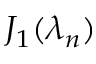
J _ { 1 } ( \lambda _ { n } )